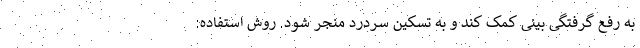
به رفع گرفتگی بینی کمک کند و به تسکین سردرد منجر شود. روش استفاده: